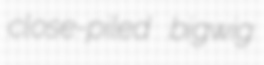
close-piled bigwig